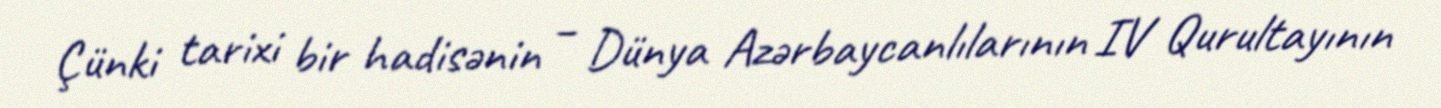
Çünki tarixi bir hadisənin – Dünya Azərbaycanlılarının IV Qurultayının